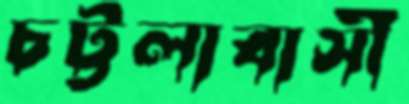
চট্টলাবাসী